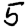
Digit: 5